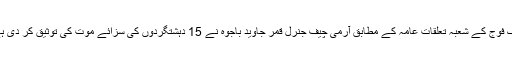
پاک فوج کے شعبہ تعلقاتِ عامہ کے مطابق آرمی چیف جنرل قمر جاوید باجوہ نے 15 دہشتگردوں کی سزائے موت کی توثیق کر دی ہے۔